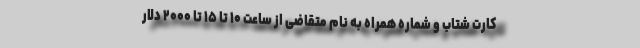
کارت شتاب و شماره همراه به نام متقاضی از ساعت ۱۰ تا ۱۵ تا ۲۰۰۰ دلار